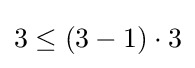
3\leq (3-1)\cdot 3